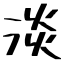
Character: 淡